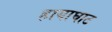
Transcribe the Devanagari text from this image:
हायाघाट